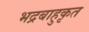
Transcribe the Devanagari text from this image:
भद्रबाहुकृत